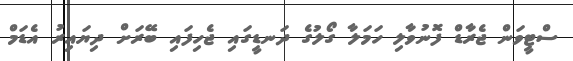
ސްޓީވަން ޖެރާޑް ފޮނުވާލި ހަމަލާ ގޯލުގެ ދަނޑީގައި ޖެހިފައި ބޭރަށް ދިޔައިރު އެޑަމް